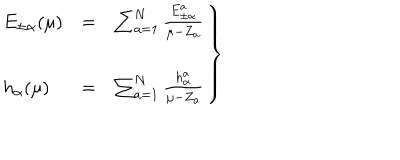
\left. \begin{array} { l c l } { { E _ { \pm \alpha } ( \mu ) } } & { { = } } & { { \sum _ { a = 1 } ^ { N } \frac { E _ { \pm \alpha } ^ { a } } { \mu - Z _ { a } } } } \\ { { h _ { \alpha } ( \mu ) } } & { { = } } & { { \sum _ { a = 1 } ^ { N } \frac { h _ { \alpha } ^ { a } } { \mu - Z _ { a } } } } \\ \end{array} \right\}